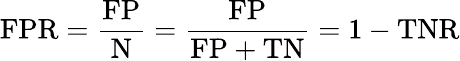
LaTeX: \mathrm{FPR}={\frac{\mathrm{FP}}{\mathrm{N}}}={\frac{\mathrm{FP}}{\mathrm{FP}+\mathrm{TN}}}=1-\mathrm{TNR}